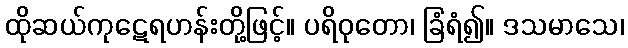
ထိုဆယ်ကုဋေရဟန်းတို့ဖြင့်။ ပရိဝုတော၊ ခြံရံ၍။ ဒသမာသေ၊